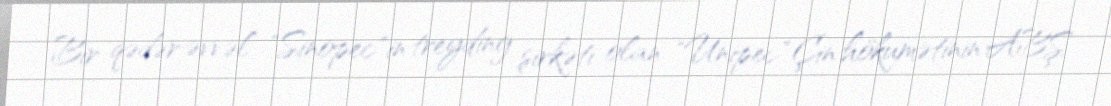
Bir qədər əvvəl "Sinopec"in treyding şirkəti olan "Unipec" Çin hökumətinin ABŞ